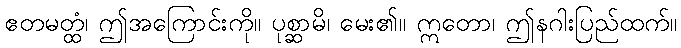
ဧတမတ္ထံ၊ ဤအကြောင်းကို။ ပုစ္ဆာမိ၊ မေး၏။ ဣတော၊ ဤနဂါးပြည်ထက်။